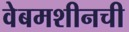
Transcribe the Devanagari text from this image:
वेबमशीनची